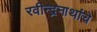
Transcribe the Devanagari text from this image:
रवीन्द्रनाथांचे